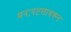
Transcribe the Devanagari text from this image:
मनःपटलावरून